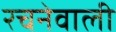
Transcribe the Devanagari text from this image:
रचनेवाली